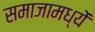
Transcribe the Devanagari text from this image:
समाजामध्यें